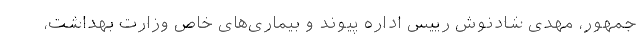
جمهور، مهدی شادنوش رییس اداره پیوند و بیماری‌های خاص وزارت بهداشت،